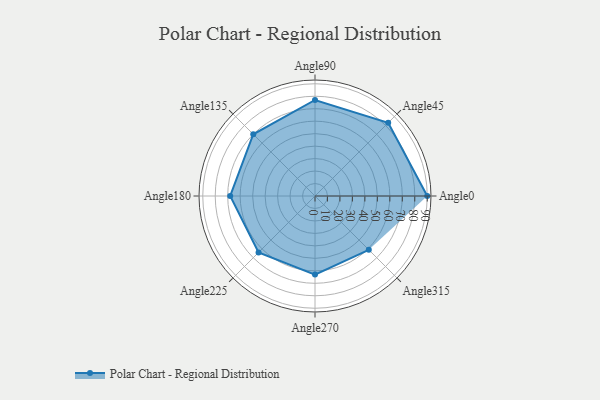
{"axis": {"x": "Angle", "y": "Radius"}, "legend": [""], "data": [{"x": "Angle0", "y": 90.0, "type": ""}, {"x": "Angle45", "y": 83.0, "type": ""}, {"x": "Angle90", "y": 77.0, "type": ""}, {"x": "Angle135", "y": 70.0, "type": ""}, {"x": "Angle180", "y": 68.0, "type": ""}, {"x": "Angle225", "y": 64.0, "type": ""}, {"x": "Angle270", "y": 63.0, "type": ""}, {"x": "Angle315", "y": 61.0, "type": ""}]}